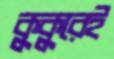
কুকুরেই